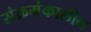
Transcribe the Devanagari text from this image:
संक्रमंकालीन